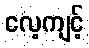
လေ့ကျင့်